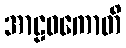
အာဠဝကောတိ